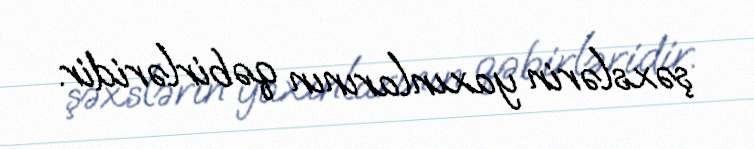
şəxslərin yaxınlarının qəbirləridir.